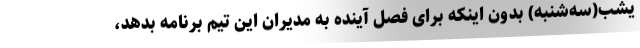
یشب(سه‌شنبه) بدون اینکه برای فصل آینده به مدیران این تیم برنامه بدهد،